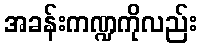
အခန်းကဏ္ဍကိုလည်း